Report of the Indian Hemp Drugs Commission, 1894-1895 - Volume VII
Year: 1894
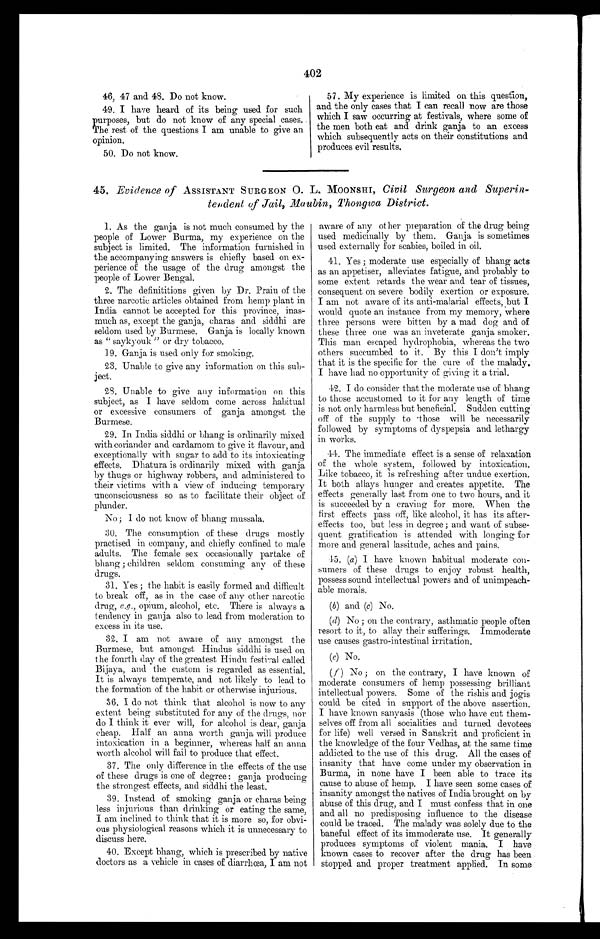
402
46, 47 and 48. Do not know.
49. I have heard of its being used for such
purposes, but do not know of any special cases.
The rest of the questions I am unable to give an
opinion.
50. Do not know.
57. My experience is limited on this question,
and the only cases that I can recall now are those
which I saw occurring at festivals, where some of
the men both eat and drink ganja to an excess
which subsequently acts on their constitutions and
produces evil results.
45, Evidence of ASSISTANT SURGEON O. L. MOONSHI, Civil Surgeon and Superin-
tendent of Jail, Maubin, Thongwa District.
1. As the ganja is not much consumed by the
people of Lower Burma, my experience on the
subject is limited. The information furnished in
the accompanying answers is chiefly based on ex-
perience of the usage of the drug amongst the
people of Lower Bengal.
2. The definititions given by Dr. Prain of the
three narcotic articles obtained from hemp plant in
India cannot be accepted for this province, inas-
much as, except the ganja, charas and siddhi are
seldom used by Burmese. Ganja is locally known
as " saykyouk " or dry tobacco.
19. Ganja is used only for smoking.
23. Unable to give any information on this sub-
ject.
28. Unable to give any information on this
subject, as I have seldom come across habitual
or excessive consumers of ganja amongst the
Burmese,
29. In India siddhi or bhang is ordinarily mixed
with coriander and. cardamom to give it flavour, and
exceptionally with sugar to add to its intoxicating
effects. Dhatura is ordinarily mixed with ganja
by thugs or highway robbers, and administered to
their victims with a view of inducing temporary
unconsciousness so as to facilitate their object of
plunder.
No; I do not know of bhang mussala.
30. The consumption of these drugs mostly
practised in company, and. chiefly confined to male
adults. The female sex occasionally partake of
bhang ; children seldom consuming any of these
drugs.
31. Yes ; the habit is easily formed and difficult
to break off, as in the case of any other narcotic
drug, e.g ., opium, alcohol, etc. There is always a
tendency in ganja also to lead from moderation to
excess in its use.
32. I am not aware of any amongst the
Burmese, but amongst Hindus siddhi is used on
the fourth day of the greatest Hindu festival called
Bijaya, and the custom is regarded as essential.
It is always temperate, and not likely to lead to
the formation of the habit or otherwise injurious.
36. I do not think that alcohol is now to any
extent being substituted for any of the drugs, nor
do I think it ever will, for alcohol is dear, ganja
cheap. Half an anna worth ganja will produce
intoxication in a beginner, whereas half an anna
worth alcohol will fail to produce that effect.
37. The only difference in the effects of the use
of these drugs is one of degree : ganja producing
the strongest effects, and siddhi the least.
39. Instead of smoking ganja or charas being
less injurious than drinking or eating the same,
I am inclined to think that it is more so, for obvi-
ous physiological reasons which it is unnecessary to
discuss here.
40. Except bhang, which is prescribed by native
doctors as a vehicle in cases of diarrhœa, I am not
aware of any other preparation of the drug being
used medicinally by them. Ganja is sometimes
used externally for scabies, boiled in oil.
41. Yes ; moderate use especially of bhang acts
as an appetiser, alleviates fatigue, and probably to
some extent retards the wear and tear of tissues,
consequent on severe bodily exertion or exposure.
I am not aware of its anti-malarial effects, but I
would quote an instance from my memory, where
three persons were bitten by a mad dog and of
these three one was an inveterate ganja smoker.
This man escaped hydrophobia, whereas the two
others succumbed to it. By this I don't imply
that it is the specific for the cure of the malady.
I have had no opportunity of giving it a trial.
42. I do consider that the moderate use of bhang
to those accustomed to it for any length of time
is not only harmless but beneficial. Sudden cutting
off of the supply to those will be necessarily
followed by symptoms of dyspepsia and lethargy
in works.
44. The immediate effect is a sense of relaxation
of the whole system, followed by intoxication.
Like tobacco, it is refreshing after undue exertion.
It both allays hunger and creates appetite. The
effects generally last from one to two hours, and it
is succeeded by a craving for more. When the
first effects pass off, like alcohol, it has its after-
effects too, but less in degree ; and want of subse-
quent gratification is attended with longing for
more and general lassitude, aches and pains.
45. (a) I have known habitual moderate con-
sumers of these drugs to enjoy robust health,
possess sound intellectual powers and of unimpeach-
able morals.
(b ) and (c) No.
(d) No ; on the contrary, asthmatic people often
resort to it, to allay their sufferings. Immoderate
use causes gastro-intestinal irritation.
(e) No.
(f ) No ; on the contrary, I have known of
moderate consumers of hemp possessing brilliant
intellectual powers. Some of the rishis and jogis
could be cited in support of the above assertion.
I have known sanyasis (those who have cut them-
selves off from all socialities and turned devotees
for life) well versed in Sanskrit and proficient in
the knowledge of the four Vedhas, at the same time
addicted to the use of this drug. All the cases of
insanity that have come under my observation in
Burma, in none have I been able to trace its
cause to abuse of hemp. I have seen some cases of
insanity amongst the natives of India brought on by
abuse of this drug, and I must confess that in one
and all no predisposing influence to the disease
could be traced. The malady was solely due to the
baneful effect of its immoderate use. It generally
produces symptoms of violent mania. I have
known cases to recover after the drug has been
stopped and proper treatment applied. In some